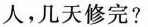
人，几天修完？